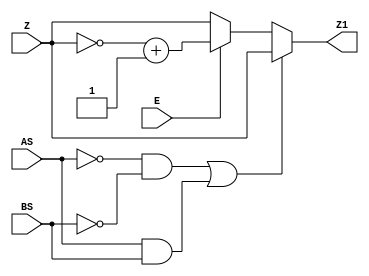
`timescale 1ns / 1ps
//////////////////////////////////////////////////////////////////////////////////
// Company: 
// Engineer: 
// 
// Design Name: 
// Module Name:    Sub 
// Project Name: 
// Target Devices: 
// Tool versions: 
// Description: 
//
// Dependencies: 
//
// Revision: 
// Revision 0.01 - File Created
// Additional Comments: 
//
//////////////////////////////////////////////////////////////////////////////////
module Sub_1(
    input [23:0] Z,
	 input AS,BS,
    output reg [23:0] Z1,
    input E
    );
always@(Z,E,AS,BS) begin
if ((AS==0 && BS==0) || (AS==1 && BS==1)) begin
if (E==1) begin
Z1<=Z;
end
else
Z1<=Z;
end
else begin
if (E==1) begin
Z1<=(~Z)+24'b1;
end
else
Z1<=Z;
end
end
endmodule